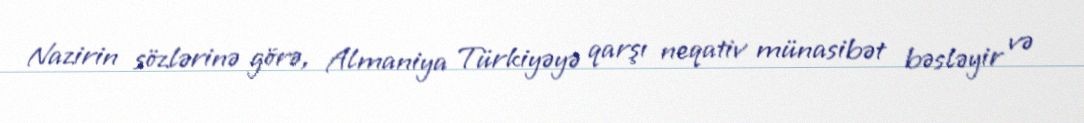
Nazirin sözlərinə görə, Almaniya Türkiyəyə qarşı neqativ münasibət bəsləyir və